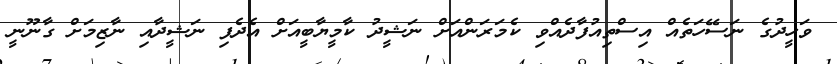
ވަހީދުގެ ނަސޭހަތެއް އިސްތިއުފާދެއްވި ކެމަރަންއަށް ނަޝީދު ކާމީޔާބީއަށް އެދެފި ނަޝީދާއި ނާޒިމަށް ގާނޫނީ